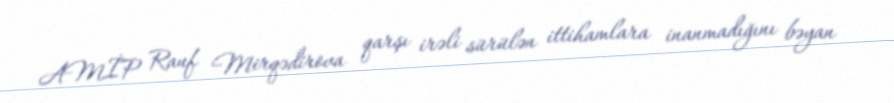
AMİP Rauf Mirqədirova qarşı irəli sürülən ittihamlara inanmadığını bəyan